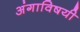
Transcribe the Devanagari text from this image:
अंगाविषयी